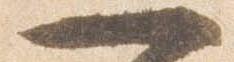
一